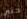
حتى